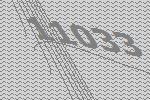
11033